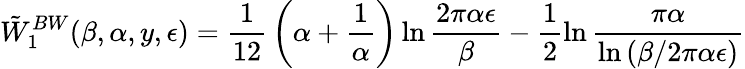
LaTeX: \tilde{W}_{1}^{BW}(\beta,\alpha,y,\epsilon)={\frac{1}{12}}\left(\alpha+{\frac{1}{\alpha}}\right)\ln{\frac{2\pi\alpha\epsilon}{\beta}}-\frac 12\ln{\frac{\pi\alpha}{\ln{(\beta/2\pi\alpha\epsilon)}}}